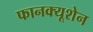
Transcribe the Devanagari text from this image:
फानक्यूशेन